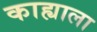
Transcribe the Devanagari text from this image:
काह्याला